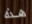
هذه